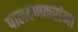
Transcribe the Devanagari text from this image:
पालवणकरांना